Document type: Sale
Year: 1461
Scribe: [Unknown]
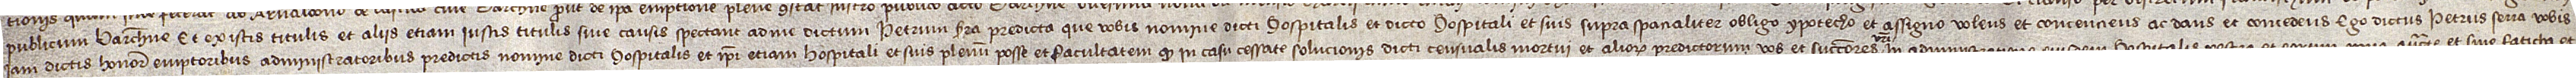
publicum Barchinone. Et ex istis titulis et aliis etiam iustis titulis sive causis spectant ad me dictum Petrum Serra predicta que vobis nomine dicti hospitalis et dicto hospitali et suis supra spacialiter obligo, ypotecho et assigno, volens et concenciens ac dans et concedens ego dictus Petrus Serra vobis